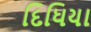
દિધિયા